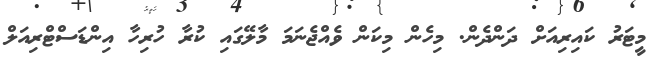
މީޓަރު ކައިރިއަށް ދަންދެން. މިހެން މިކަން ވެއްޖެނަމަ މާލޭގައި ކުރާ ހުރިހާ އިންޑަސްޓްރިއަލް